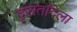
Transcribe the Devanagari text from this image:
दृष्टांतदिला